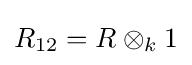
R_{12}=R\otimes _{k}1